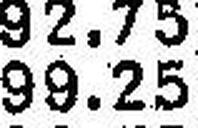
99.25